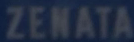
ZENATA